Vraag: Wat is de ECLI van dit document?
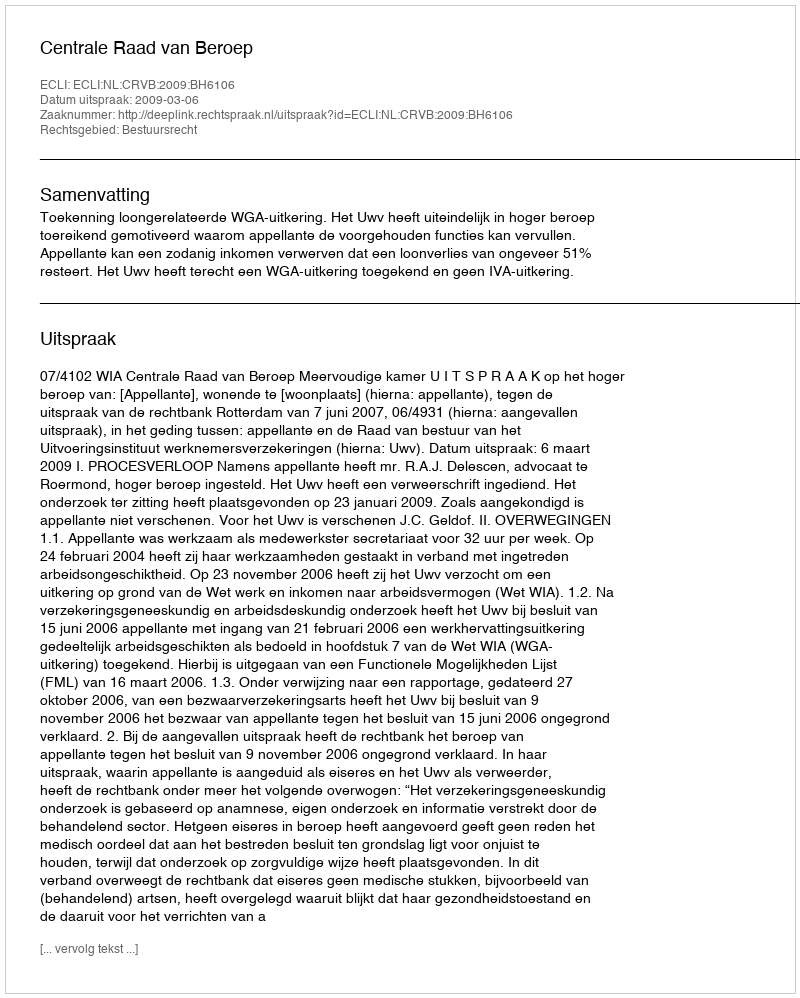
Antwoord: ECLI:NL:CRVB:2009:BH6106